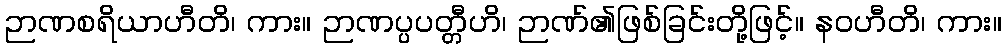
ဉာဏစရိယာဟီတိ၊ ကား။ ဉာဏပ္ပပတ္တီဟိ၊ ဉာဏ်၏ဖြစ်ခြင်းတို့ဖြင့်။ နဝဟီတိ၊ ကား။